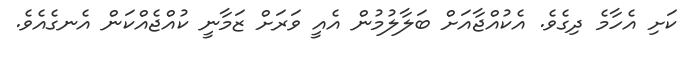
ކަށި އެހާމެ ދިގެވެ. އެކުއްޖާއަށް ބަލާލުމުން އެއީ ވަރަށް ޒަމާނީ ކުއްޖެއްކަން އެނގެއެވެ.